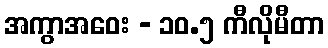
အကွာအဝေး - ၁၀.၅ ကီလိုမီတာ